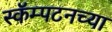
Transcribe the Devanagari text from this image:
स्कॅम्पटनच्या